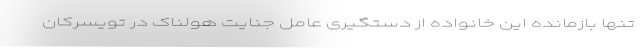
تنها بازمانده این خانواده از دستگیری عامل جنایت هولناک در تویسرکان